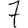
Digit: 7